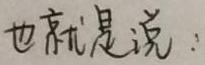
也就是说：